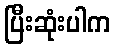
ပြီးဆုံးပါက